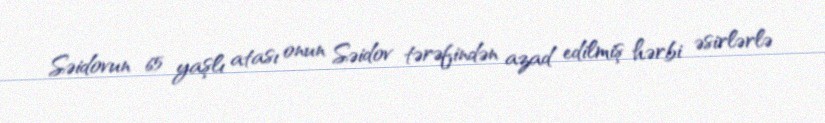
Səidovun 65 yaşlı atası onun Səidov tərəfindən azad edilmiş hərbi əsirlərlə